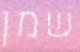
שמן